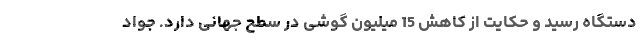
دستگاه رسید و حکایت از کاهش 15 میلیون گوشی در سطح جهانی دارد. جواد